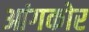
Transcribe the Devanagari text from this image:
आंगकोर